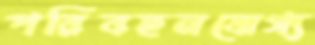
পরিবহনযোগ্য